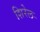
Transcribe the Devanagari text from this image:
शिरेल